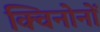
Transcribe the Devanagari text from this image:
क्विनोनों